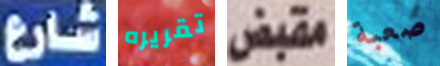
شارع تقريره مقبض صعبة